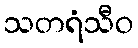
သတရံသီဝ